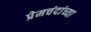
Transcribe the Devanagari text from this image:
प्रेमचंदांच्या